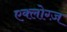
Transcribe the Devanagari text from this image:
एक्लोग्ज़